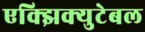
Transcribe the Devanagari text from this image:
एक्झिक्युटेबल